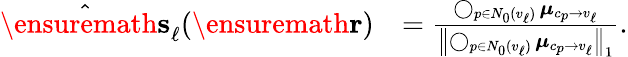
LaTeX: \begin{array}{rl}{\hat{\ensuremath{\mathbf{s}}}_{\ell}(\ensuremath{\mathbf{r}})}&{=\frac{\operatorname*{\bigcirc}_{p\in N_{0}(v_{\ell})}\boldsymbol{\mu}_{c_{p}\to v_{\ell}}}{\left\| \operatorname*{\bigcirc}_{p\in N_{0}(v_{\ell})}\boldsymbol{\mu}_{c_{p}\to v_{\ell}}\right\| _{1}}.}\end{array}